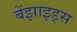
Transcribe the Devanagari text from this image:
बेंझाइड्स